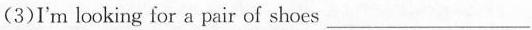
(3)I'm looking for a pair of shoes ___